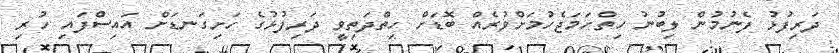
ދަރިފުޅު ފެނުމުން ލިބުނު ހިތްހަމަޖެހުމަށްވުރެއް ބޮޑަށް ހިތްދަތިވީ ދަރިފުޅުގެ ހަށިގަނޑަށް އައިސްފައި ހުރި